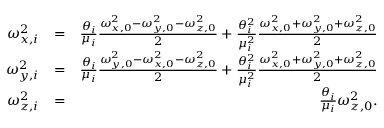
\begin{array} { r l r } { \omega _ { x , i } ^ { 2 } } & { = } & { \frac { \theta _ { i } } { \mu _ { i } } \frac { \omega _ { x , 0 } ^ { 2 } - \omega _ { y , 0 } ^ { 2 } - \omega _ { z , 0 } ^ { 2 } } { 2 } + \frac { \theta _ { i } ^ { 2 } } { \mu _ { i } ^ { 2 } } \frac { \omega _ { x , 0 } ^ { 2 } + \omega _ { y , 0 } ^ { 2 } + \omega _ { z , 0 } ^ { 2 } } { 2 } } \\ { \omega _ { y , i } ^ { 2 } } & { = } & { \frac { \theta _ { i } } { \mu _ { i } } \frac { \omega _ { y , 0 } ^ { 2 } - \omega _ { x , 0 } ^ { 2 } - \omega _ { z , 0 } ^ { 2 } } { 2 } + \frac { \theta _ { i } ^ { 2 } } { \mu _ { i } ^ { 2 } } \frac { \omega _ { x , 0 } ^ { 2 } + \omega _ { y , 0 } ^ { 2 } + \omega _ { z , 0 } ^ { 2 } } { 2 } } \\ { \omega _ { z , i } ^ { 2 } } & { = } & { \frac { \theta _ { i } } { \mu _ { i } } \omega _ { z , 0 } ^ { 2 } \mathrm { . } } \end{array}